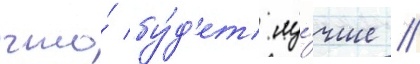
что́ бу́д'ет лу́чше /